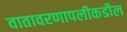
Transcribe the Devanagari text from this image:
वातावरणापलीकडील